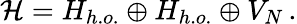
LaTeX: {\cal H}=H_{h.o.}\oplus H_{h.o.}\oplus V_{N}\, .